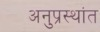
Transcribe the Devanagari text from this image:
अनुप्रस्थांत